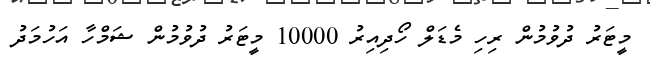
މީޓަރު ދުވުމުން ރިހި މެޑަލް ހޯދިއިރު 10000 މީޓަރު ދުވުމުން ޝަމްހާ އަހުމަދު